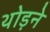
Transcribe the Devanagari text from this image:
थोड़ने